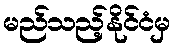
မည်သည့်နိုင်ငံမှ